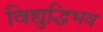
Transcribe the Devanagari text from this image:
विद्युद्धिभव